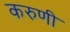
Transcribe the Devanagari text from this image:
करुणी